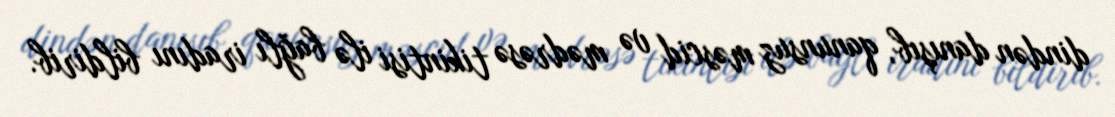
dindən danışıb, qanunsuz məscid və mədrəsə tikintisi ilə bağlı iradını bildirib.